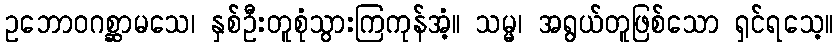
ဥဘောဝဂစ္ဆာမသေ၊ နှစ်ဦးတူစုံသွားကြကုန်အံ့။ သမ္မ၊ အရွယ်တူဖြစ်သော ရှင်ရသေ့။